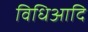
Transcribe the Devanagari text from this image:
विधिआदि